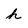
Character: h